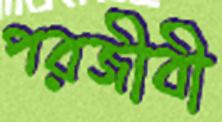
পরজীবী